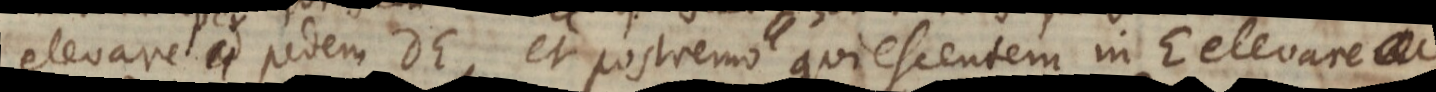
elevare ad pedem DE, et postremo quiescentem in E elevare